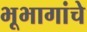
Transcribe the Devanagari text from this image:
भूभागांचे